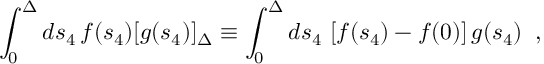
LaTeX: \int _ { 0 } ^ { \Delta } d s _ { 4 } \, f ( s _ { 4 } ) [ g ( s _ { 4 } ) ] _ { \Delta } \equiv \int _ { 0 } ^ { \Delta } d s _ { 4 } \, \left[ f ( s _ { 4 } ) - f ( 0 ) \right] g ( s _ { 4 } ) \; \; ,